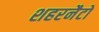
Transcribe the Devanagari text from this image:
शहरनैटो